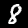
Digit: 8